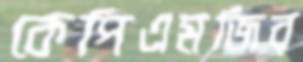
কেপিএমজির